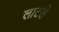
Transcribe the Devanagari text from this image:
लाटले